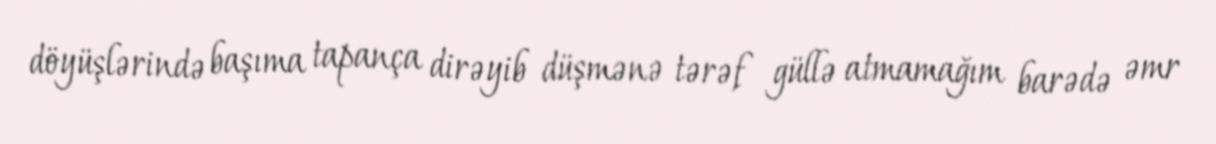
döyüşlərində başıma tapança dirəyib düşmənə tərəf güllə atmamağım barədə əmr